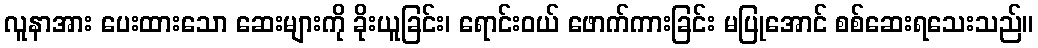
လူနာအား ပေးထားသော ဆေးများကို ခိုးယူခြင်း၊ ရောင်းဝယ် ဖောက်ကားခြင်း မပြုအောင် စစ်ဆေးရသေးသည်။